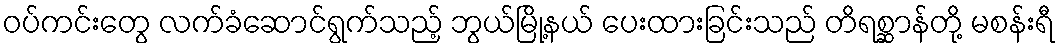
ဝပ်ကင်းတွေ လက်ခံဆောင်ရွက်သည့် ဘွယ်မြို့နယ် ပေးထားခြင်းသည် တိရစ္ဆာန်တို့ မစန်းရီ